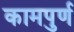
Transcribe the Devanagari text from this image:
कामपुर्ण